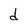
Character: d